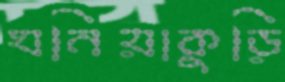
ঘনিয়াকুড়ি